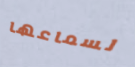
لسماعها